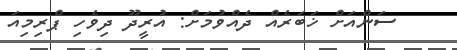
ސަންއަށް ޚަބަރެއް ދެއްވުމަށް: އުރީދޫ ދިވެހި ޕްރިމިއަ